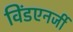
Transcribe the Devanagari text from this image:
विंडएनर्जी